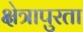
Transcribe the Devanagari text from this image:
क्षेत्रापुरता